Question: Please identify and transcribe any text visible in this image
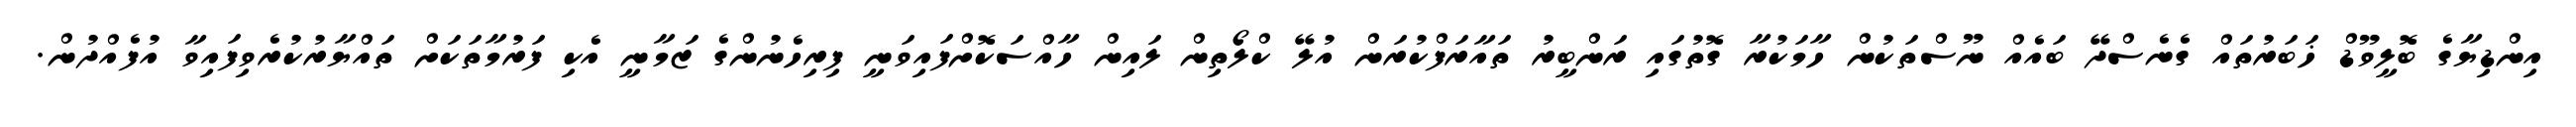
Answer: އިންޑިޔާގެ ބޮލީވޫޑް ޚަބަރުތައް ގެނެސްދޭ ބައެއް ނޫސްތަކުން ހާމަކުރާ ގޮތުގައި ރަންބީރު ތައާރަފްކުރަން އުލޭ ކްލޯތިން ލައިން ހާއްސަކޮށްފައިވަނީ ފިރިހެނުންގެ ޒަމާނީ އެކި ފަރުމާތަކަށް ތައްޔާރުކުރެވިފައިވާ އުފެއްދުން.